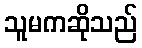
သူမကဆိုသည်